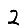
Digit: 2